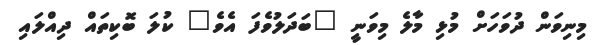
މިނިވަން ދުވަހަށް މުޅި މާލެ މިވަނީ "ބަދަލުވެފަ އެވެ" ކުލަ ބޮކިތައް ދިއްލައި